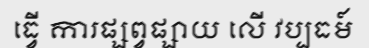
ធ្វើ ការផ្សព្វផ្សាយ លើ វប្បធម៍